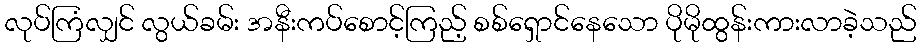
လုပ်ကြံလျှင် လွယ်ခမ်း အနီးကပ်စောင့်ကြည့် စစ်ရှောင်နေသော ပိုမိုထွန်းကားလာခဲ့သည်